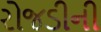
રોજડીની